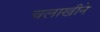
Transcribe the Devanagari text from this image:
चलाखीने